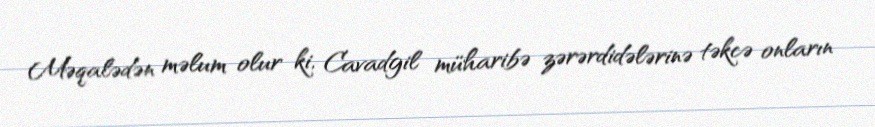
Məqalədən məlum olur ki, Cavadgil müharibə zərərdidələrinə təkcə onların